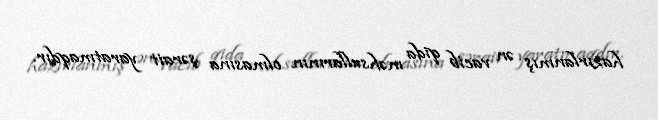
hazırlanmış ən vacib qida məhsullarının olmasına şərait yaratmaqdır.